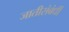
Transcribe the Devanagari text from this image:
जातीसंबंधीं